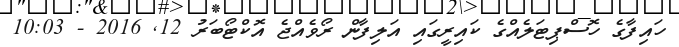
ހައިފާގެ ހޮސްޕިޓަލެއްގެ ކައިރީގައި އަލިފާން ރޯވެއްޖެ އޮކްޓޯބަރު 12